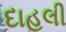
દાહલી